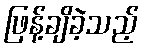
ဖြန့်ချိခဲ့သည့်